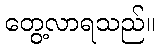
တွေ့လာရသည်။